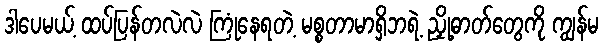
ဒါပေမယ့် ထပ်ပြန်တလဲလဲ ကြုံနေရတဲ့ မစ္စတာမာရှိဘရဲ့ ညှို့ဓာတ်တွေကို ကျွန်မ